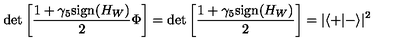
\det \left[ \frac { 1 + \gamma _ { 5 } \mathrm { s i g n } { ( H _ { W } ) } } { 2 } \Phi \right] = \det \left[ \frac { 1 + \gamma _ { 5 } \mathrm { s i g n } { ( H _ { W } ) } } { 2 } \right] = | \langle + | - \rangle | ^ { 2 }